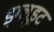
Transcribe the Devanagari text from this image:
इग्लूइट